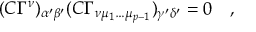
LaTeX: ( C \Gamma ^ { \nu } ) _ { \alpha ^ { \prime } \beta ^ { \prime } } ( C \Gamma _ { \nu \mu _ { 1 } \dots \mu _ { p - 1 } } ) _ { \gamma ^ { \prime } \delta ^ { \prime } } = 0 \quad ,